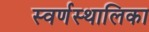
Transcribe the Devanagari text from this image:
स्वर्णस्थालिका